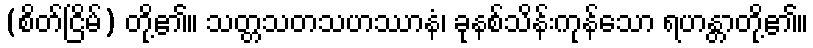
(စိတ်ငြိမ်) တို့၏။ သတ္တသတသဟဿာနံ၊ ခုနစ်သိန်းကုန်သော ရဟန္တာတို့၏။